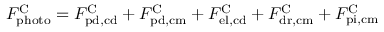
F _ { \mathrm { p h o t o } } ^ { \mathrm { C } } = F _ { \mathrm { p d , c d } } ^ { \mathrm { C } } + F _ { \mathrm { p d , c m } } ^ { \mathrm { C } } + F _ { \mathrm { e l , c d } } ^ { \mathrm { C } } + F _ { \mathrm { d r , c m } } ^ { \mathrm { C } } + F _ { \mathrm { p i , c m } } ^ { \mathrm { C } }